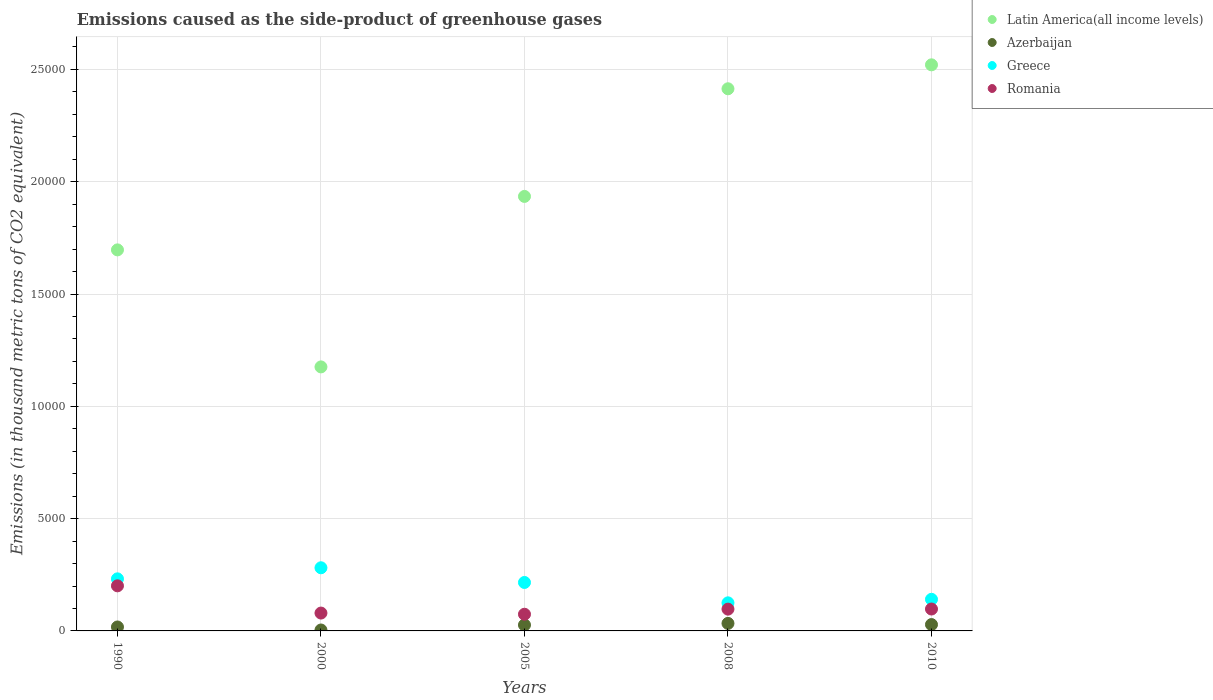
| Years | Latin America(all income levels) | Azerbaijan | Greece | Romania |
 | --- | --- | --- | --- | --- |
 | 1990 | 1.7e+04 | 176 | 2.32e+03 | 2.01e+03 |
 | 2000 | 1.18e+04 | 41.3 | 2.81e+03 | 795 |
 | 2005 | 1.93e+04 | 265 | 2.16e+03 | 742 |
 | 2008 | 2.41e+04 | 335 | 1.25e+03 | 970 |
 | 2010 | 2.52e+04 | 283 | 1.41e+03 | 975 |